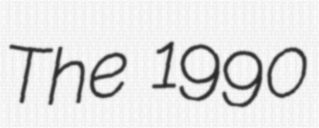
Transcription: The 1990